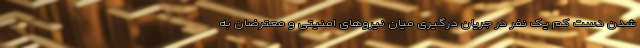
شدن دست کم یک نفر در جریان درگیری میان نیروهای امنیتی و معترضان به